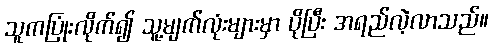
သူကပြုံးလိုက်၍ သူ့မျက်လုံးများမှာ ပိုပြီး အရည်လဲ့လာသည်။